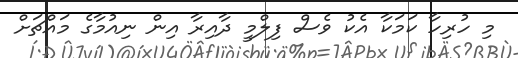
މި ހުރިހާ ކަމަކާ އެކު ވެސް ފިލްމީ ދާއިރާ އިން ނިއުމާގެ މައްޗަށް